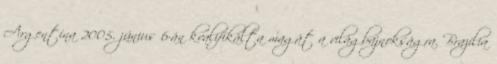
Argentína 2005. június 6-án kvalifikálta magát a világbajnokságra. Brazília